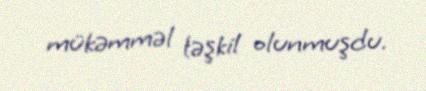
mükəmməl təşkil olunmuşdu.